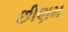
છીણમ